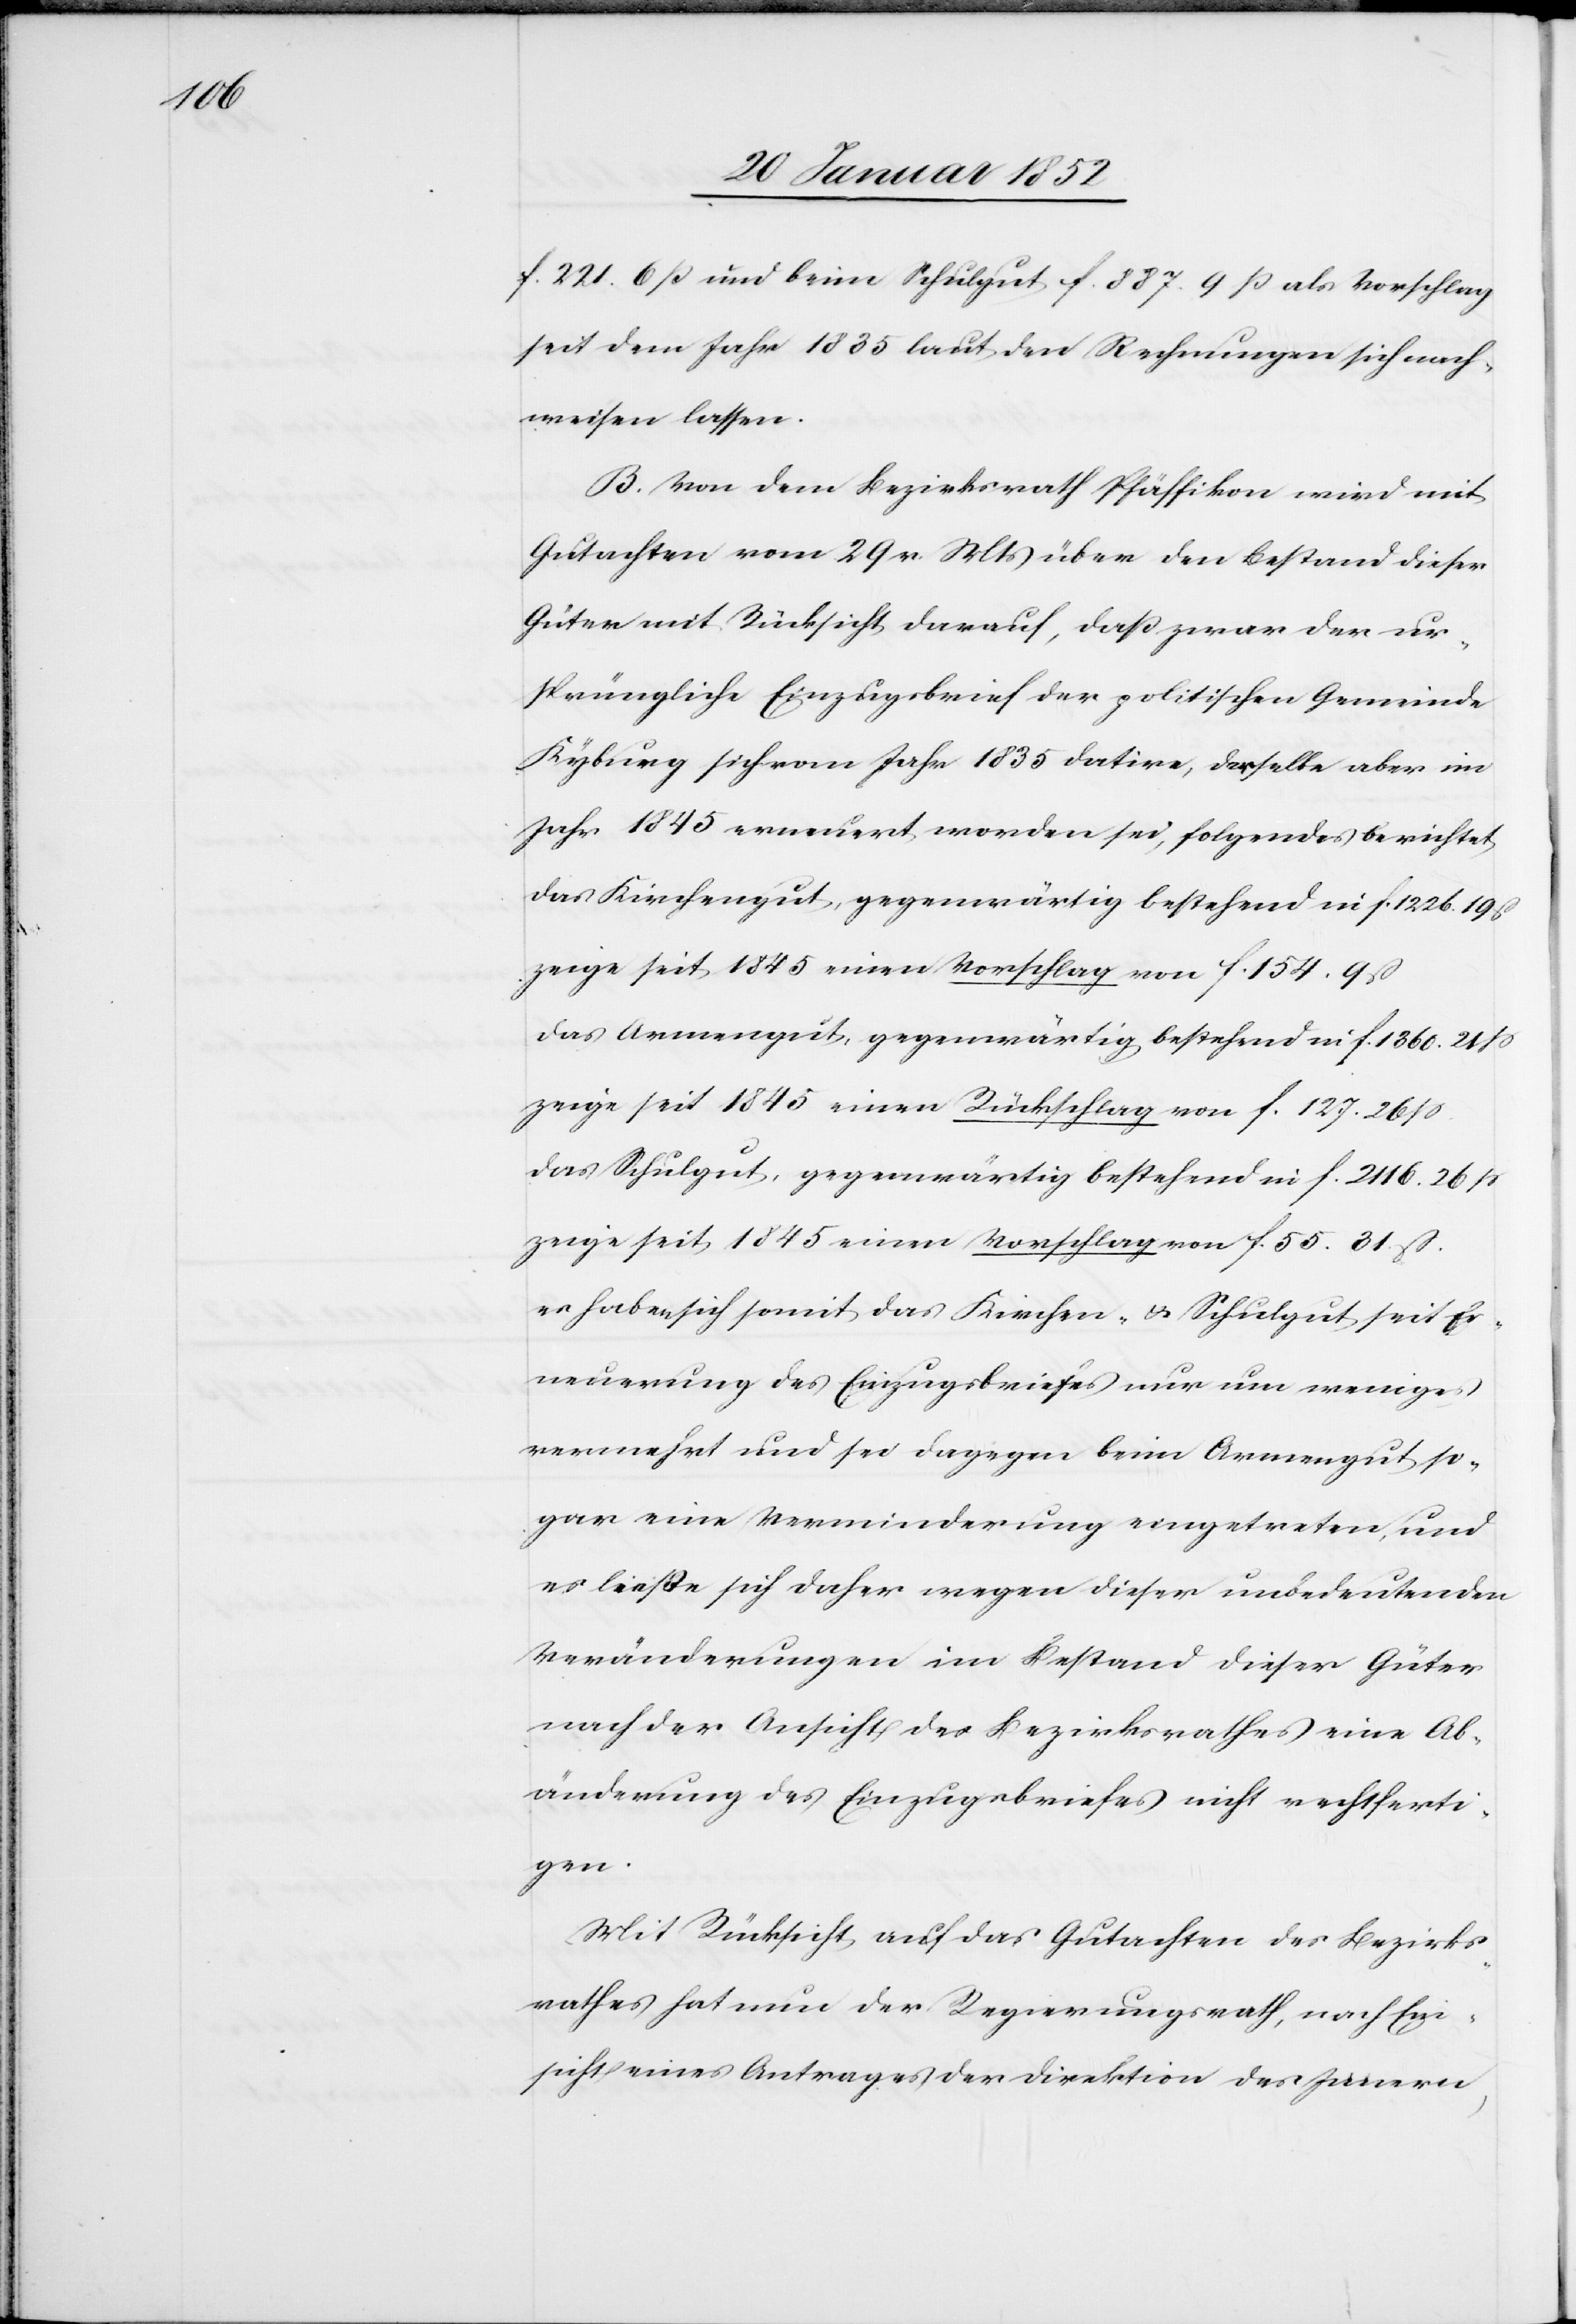
f. 221. 6 ß und beim Schulgut f. 887. 9 ß als Vorschlag
seit dem Jahr 1835 laut den Rechnungen sich nach¬
weisen lassen.
B. Von dem Bezirksrath Pfäffikon wird mit
Gutachten vom 29 v. Mts über den Bestand dieser
Güter mit Rücksicht darauf, daß zwar der ur¬
sprüngliche Einzugsbrief der politischen Gemeinde
Kyburg sich vom Jahr 1835 datire, derselbe aber im
Jahr 1845 erneuert worden sei, folgendes berichtet.
Das Kirchengut, gegenwärtig bestehend in f. 1226. 19
zeige seit 1845 einen Vorschlag von f. 154. 9 ß.
Das Armengut gegenwärtig bestehend in f. 1360. 21 ß
zeige seit 1845 einen Rückschlag von f. 127. 26 ß.
Das Schulgut, gegenwärtig bestehend in f. 2116. 26 ß
zeige seit 1845 einen Vorschlag von f. 55. 31. ß.
Es haben sich somit das Kirchen- u. das Schulgut seit Er¬
neuerung des Einzugsbriefes nur um weniges
vermehrt und sei dagegen beim Armengut so¬
gar eine Verminderung eingetreten, und
ließe sich daher wegen dieser unbedeutenden
Veränderungen im Bestand dieser Güter
nach der Ansicht des Bezirksrathes eine Ab¬
änderung des Einzugsbriefes nicht rechtferti¬
gen.
Mit Rücksicht auf das Gutachten des Bezirks¬
rathes hat nun der Regierungsrath, nach Ein¬
sicht eines Antrages der Direktion des Innern,